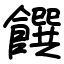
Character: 饌